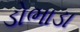
ડોભાડા